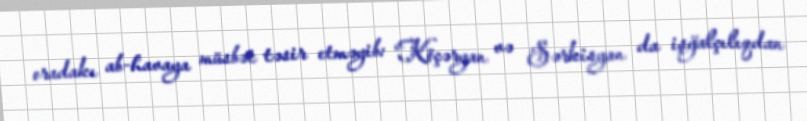
oradakı ab-havaya müsbət təsir etməyib: “Köçəryan və Sərkisyan da işğalçılıqdan